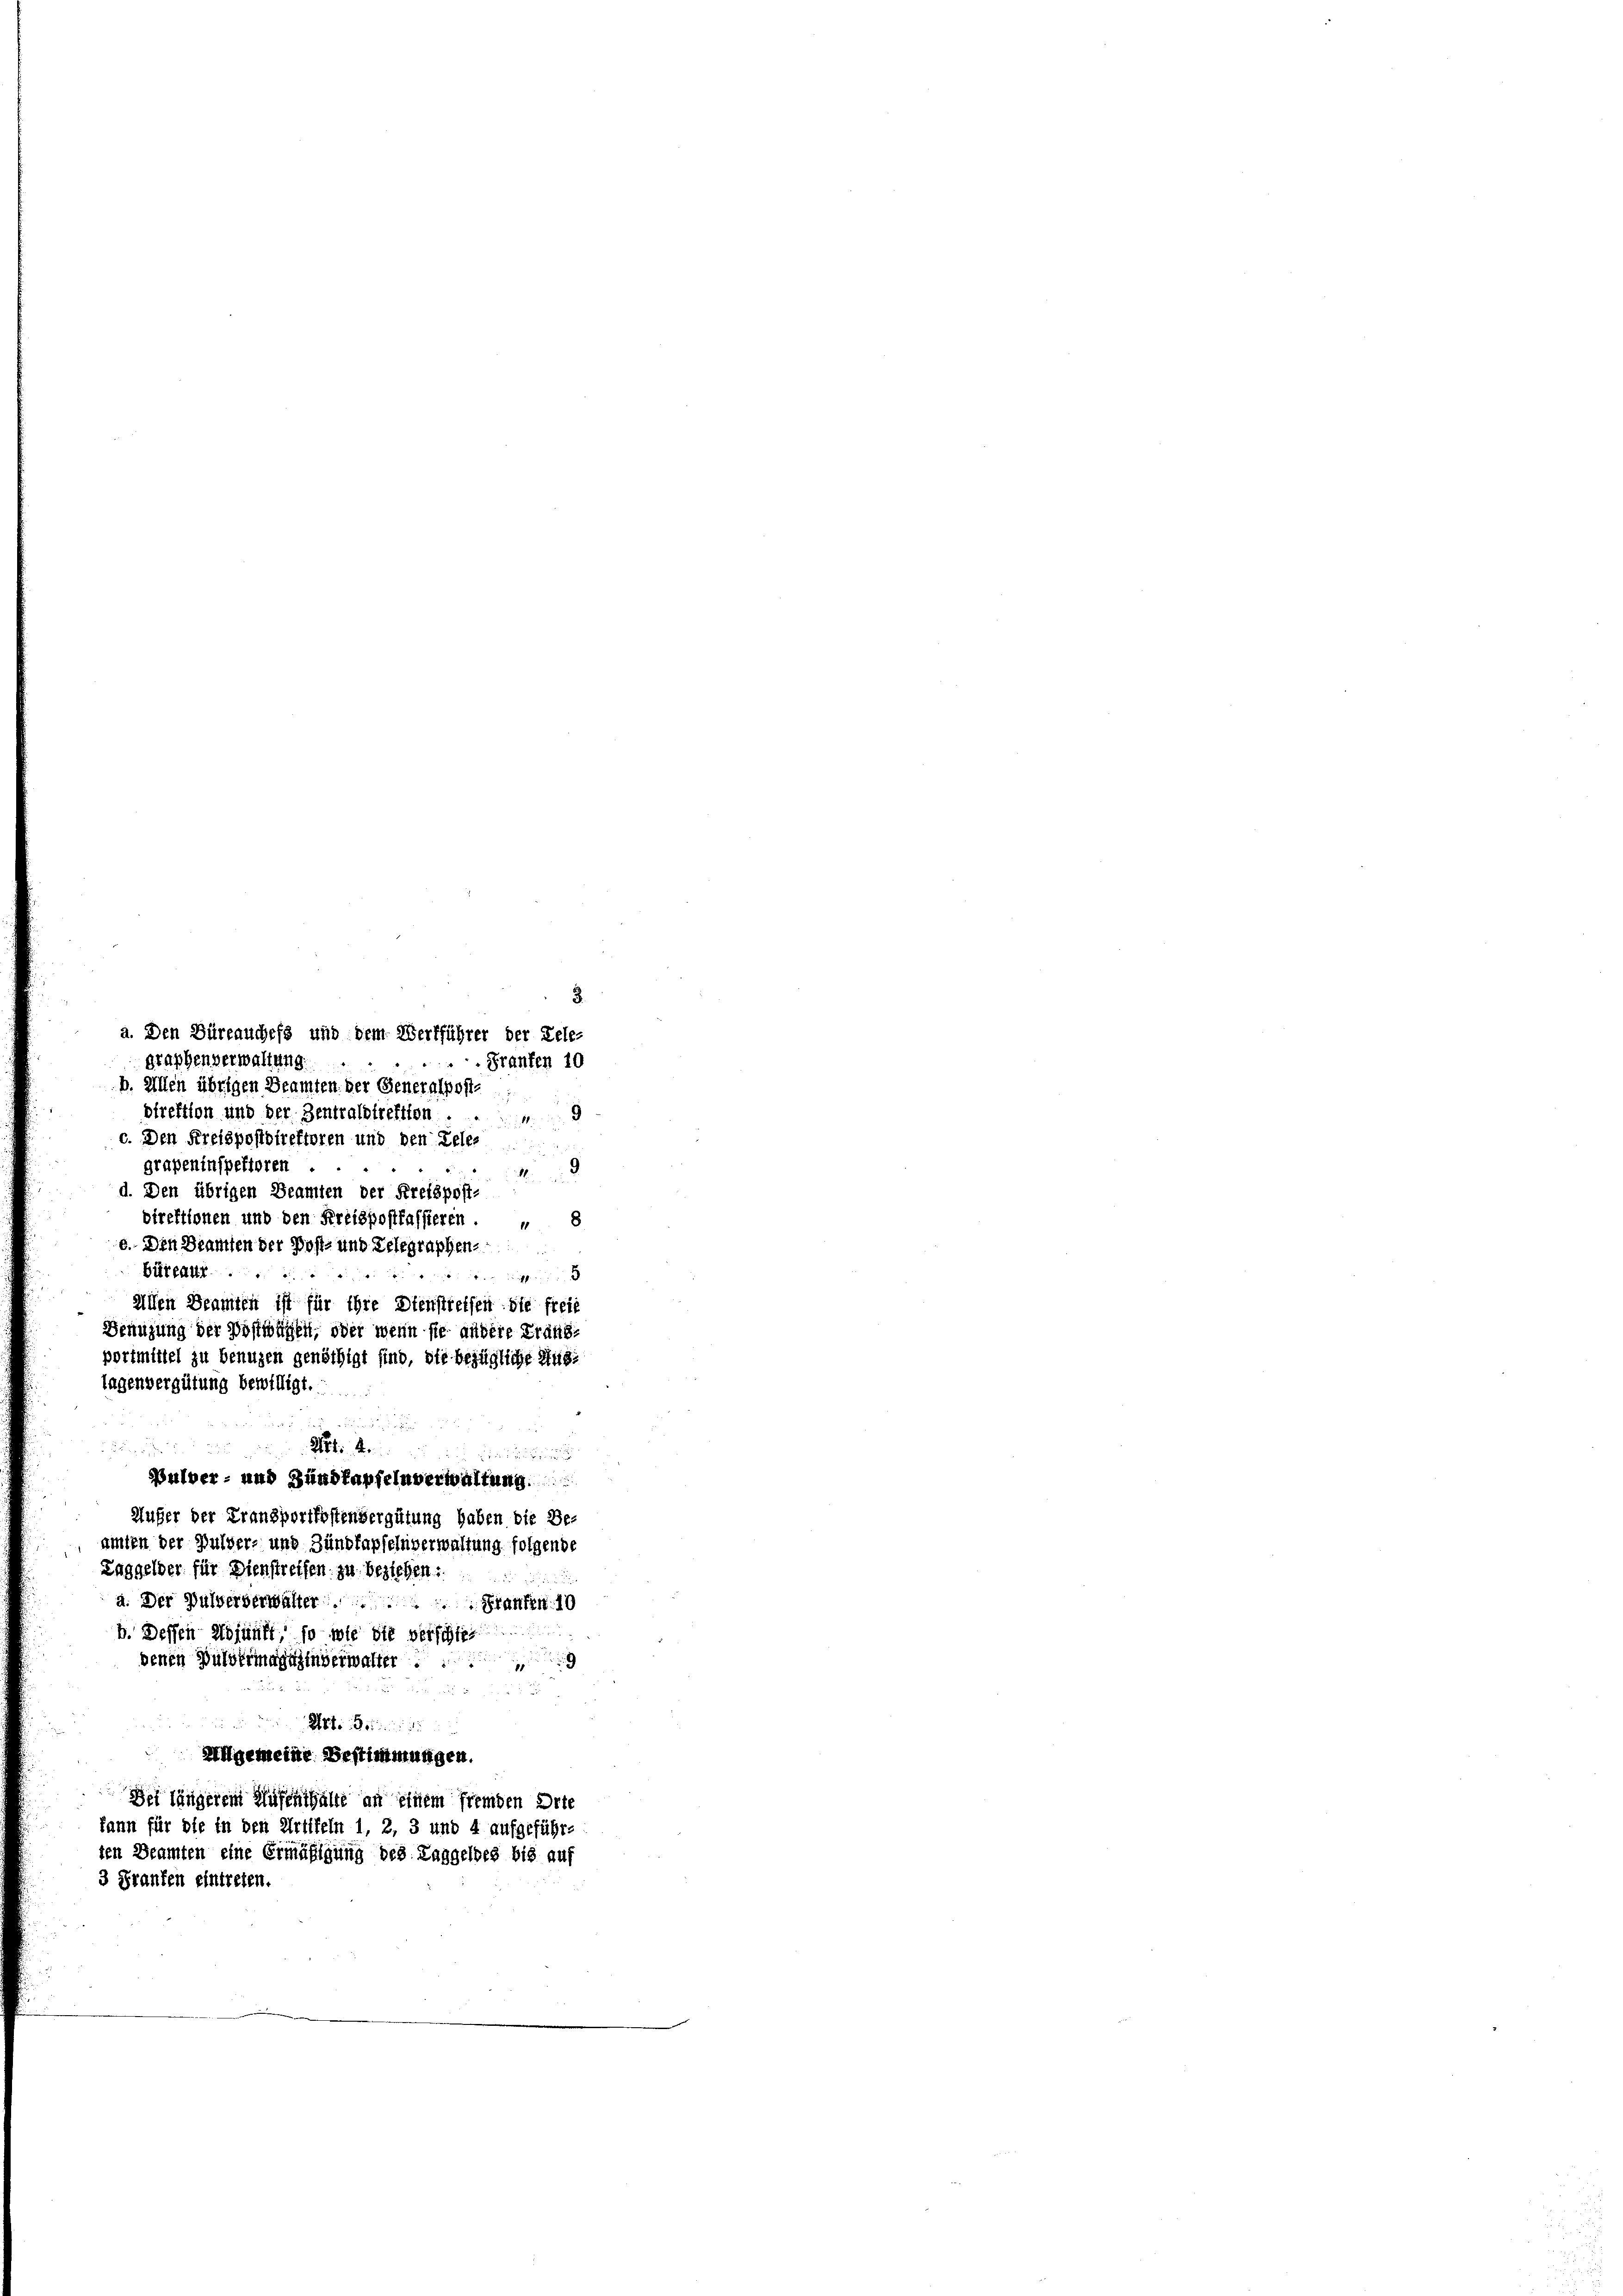
a. Den Büreauchefs und dem Werkführer der Rele-
graphenverwaltung.
Franken 10
b. Ellen übrigen Beamten der Generalposte
direktion und der Zentraldirektion
c. Den Kreispostdirektoren und den Tele-
graßeninspektoren
1
d. Den übrigen Beamten der Kreispost-
direktionen und den Kreispostfassieren. „ 8
o. Den Beamten der Post- und Telegraphen-
Bürkauf
.
.
Allen Beamten ist für ihre Dienstreffen die freie
Benuzung der Postingen, oder wenn sie andere Frandportmittel zu benuzen genöthigt sind, die bezügliche Musi
lagenvergütung bewilligt.

Art. 4.

u

Bulver- und Hundfapfelnverwaltung.
Außer der Fransportkostenvergütung haben die Be-
amten der Pulver- und Zundfapfelnverwaltung folgende
Laggelder für Dienstreifen zu beziehen.
a. Der Pulververwalter Kranken 10
.
b. Dessen Adjunft so wie die verschie
denen Bussermagazinverwalter

Mt. der
Allgemeine Bestimmungen.
Der längerem Hufenthalte an einem fremden Orte
kann für die in den Artikeln 1, 2, 3 und 4 aufgeführ-
ten Beamten eine Ermäßigung des Taggeldes bis auf
3 Franken eintreten.

8.